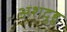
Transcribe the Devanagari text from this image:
अशदुहु